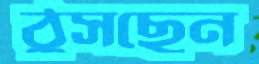
ঠুসছেন